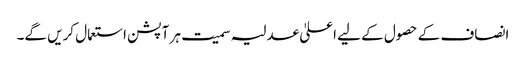
انصاف کے حصول کے لیے اعلیٰ عدلیہ سمیت ہر آپشن استعمال کریں گے۔